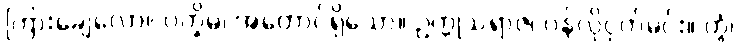
ကြားချေလော။ ပက္ခိမ၊ အတောင်ရှိသော။ ဥက္ကုသရာဇ၊ ဝန်လိုငှက်မင်း။ တွံ၊